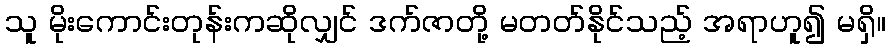
သူ မိုးကောင်းတုန်းကဆိုလျှင် ဒက်ဇာတို့ မတတ်နိုင်သည့် အရာဟူ၍ မရှိ။